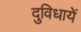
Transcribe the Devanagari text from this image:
दुविधायें